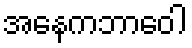
အနေကဘာဝေါ